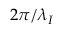
2 \pi / \lambda _ { I }